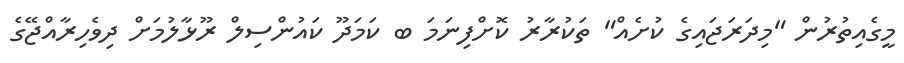
މީގެއިތުރުން "މިދަރަޖައިގެ ކުށެއް" ތަކުރާރު ކޮށްފިނަމަ ބ ކަމަދޫ ކައުންސިލް ރޫޅާލުމަށް ދިވެހިރާއްޖޭގެ